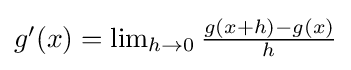
{\textstyle g^{\prime }(x)=\lim _{h\rightarrow 0}{\frac {g(x+h)-g(x)}{h}}}